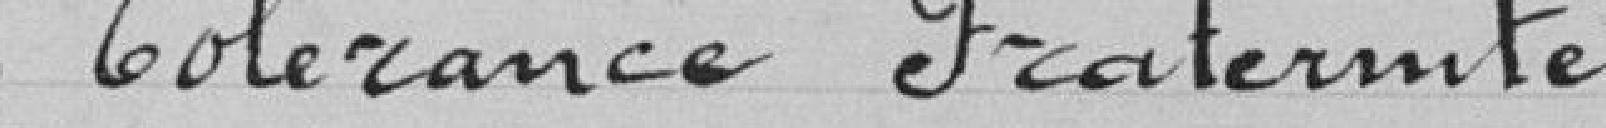
Tolérance Fraternité